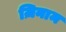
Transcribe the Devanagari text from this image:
ज़िनाम